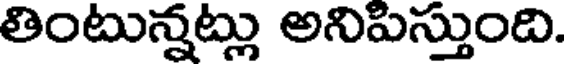
తింటున్నట్లు అనిపిస్తుంది.